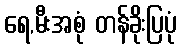
ရေ,မီးအစုံ တန်ခိုးပြပုံ